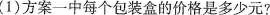
(1)方案一中每个包装盒的价格是多少元?